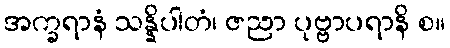
အက္ခရာနံ သန္နိပါတံ၊ ဇညာ ပုဗ္ဗာပရာနိ စ။